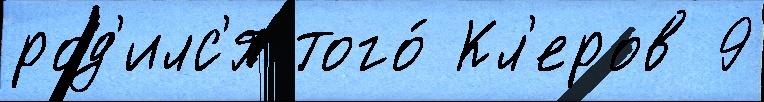
род'илс'я того́ Кл'еров 9